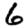
Digit: 6